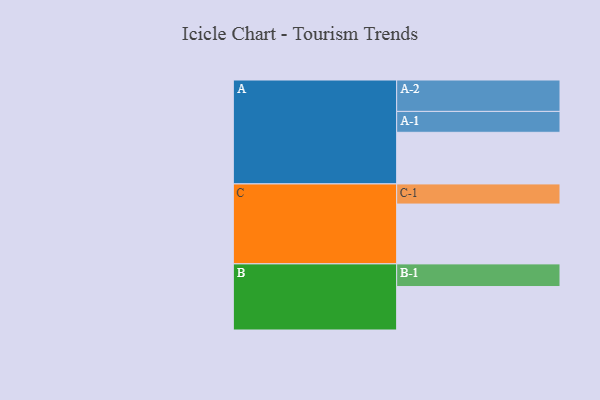
{"axis": {"x": "Segment", "y": "Value"}, "legend": ["", "A", "B", "C"], "data": [{"x": "A", "y": 467, "type": ""}, {"x": "B", "y": 393, "type": ""}, {"x": "C", "y": 541, "type": ""}, {"x": "A-1", "y": 189, "type": "A"}, {"x": "A-2", "y": 284, "type": "A"}, {"x": "B-1", "y": 205, "type": "B"}, {"x": "C-1", "y": 182, "type": "C"}]}